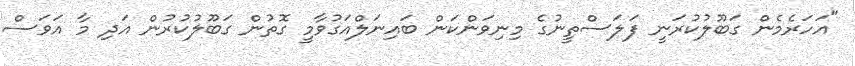
"އަހަރެމެން ގަބޫލުކުރަނީ ފަލަސްތީނުގެ މިނިވަންކަން ބައިނަލްއަގުވާމީ ގޮތުން ގަބޫލުކުރުން އަދި މާ އަވަސް